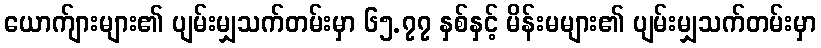
ယောက်ျားများ၏ ပျမ်းမျှသက်တမ်းမှာ ၆၅.၇၇ နှစ်နှင့် မိန်းမများ၏ ပျမ်းမျှသက်တမ်းမှာ